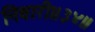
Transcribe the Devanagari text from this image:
निवारी॥३४॥